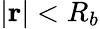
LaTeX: |\textbf{r}|<R_{b}